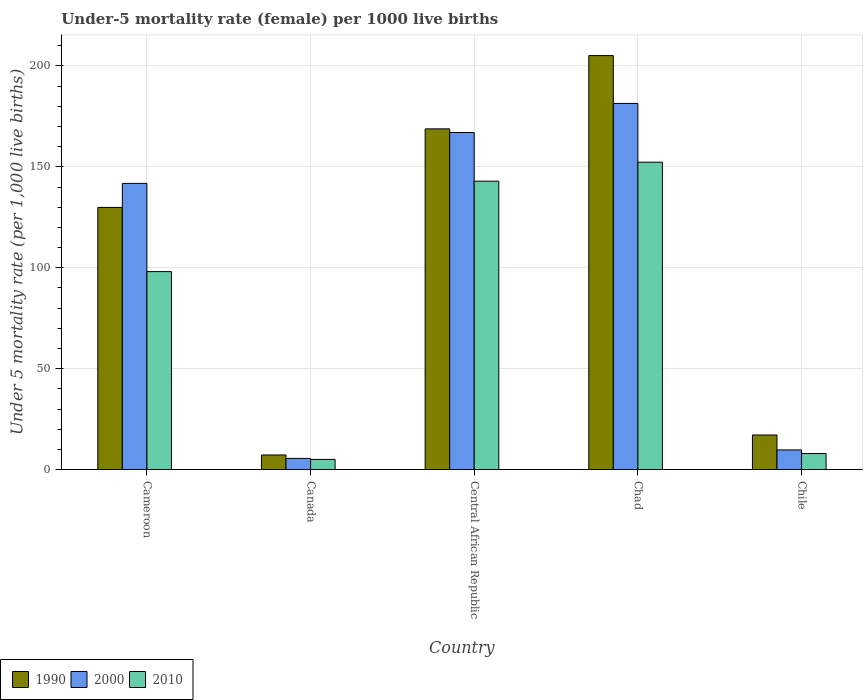
| Country | 1990 | 2000 | 2010 |
 | --- | --- | --- | --- |
 | Cameroon | 130 | 142 | 98.1 |
 | Canada | 7.3 | 5.6 | 5.1 |
 | Central African Republic | 169 | 167 | 143 |
 | Chad | 205 | 181 | 152 |
 | Chile | 17.2 | 9.8 | 8 |